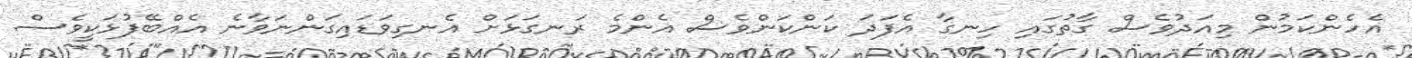
އެހެންކަމުން މިއަދުވެސް ގާތުގައި ހިނގާ އެފަދަ ކަންކަންވެސް އެންމެ ރަނގަޅަށް އެނގިވަޑައިގަންނަވާނެ އެއްބޭފުޅަކީވެސް